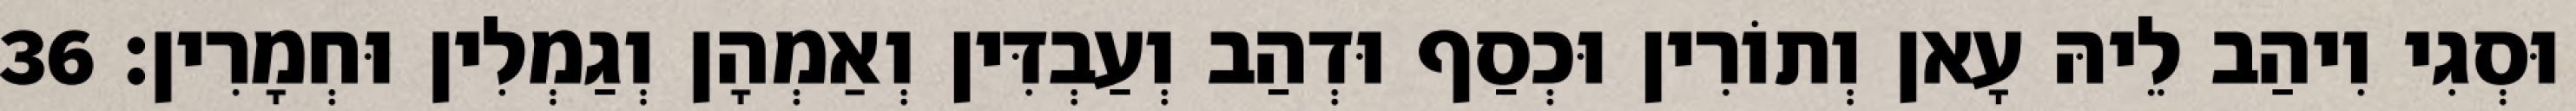
וּסְגִי וִיהַב לֵיהּ עָאן וְתוֹרִין וּכְסַף וּדְהַב וְעַבְדִּין וְאַמְהָן וְגַמְלִין וּחְמָרִין׃ 36